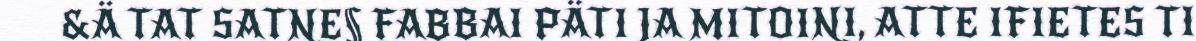
&Ä TAT SATNE§ FABBAI PÄTI JA MITOINI, ATTE IFIETES TI